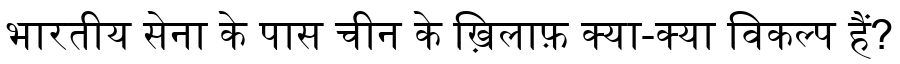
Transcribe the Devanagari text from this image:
भारतीय सेना के पास चीन के ख़िलाफ़ क्या-क्या विकल्प हैं?